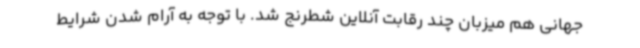
جهانی هم میزبان چند رقابت آنلاین شطرنج شد. با توجه به آرام شدن شرایط